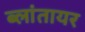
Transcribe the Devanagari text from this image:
ब्लांतायर